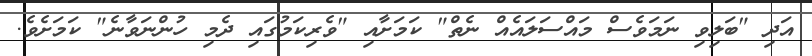
އަދި "ބަލިވި ނަމަވެސް މައްސަލައެއް ނެތް" ކަމަށާއި "ވެރިކަމުގައި ދެމި ހުންނަވާނެ" ކަމަށެވެ.